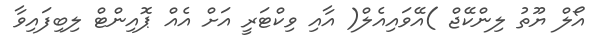
އޯލް ޔޫތު ލިންކޭޖް )އޭވައިއެލް( އާއި ވިކްޓަރީ އަށް އެއް ޕޮއިންޓް ލިބިފައިވާ